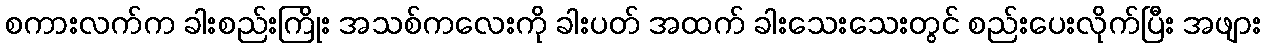
စကားလက်က ခါးစည်းကြိုး အသစ်ကလေးကို ခါးပတ် အထက် ခါးသေးသေးတွင် စည်းပေးလိုက်ပြီး အဖျား